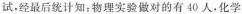
试，经最后统计知：物理实验做对的有40人。化学